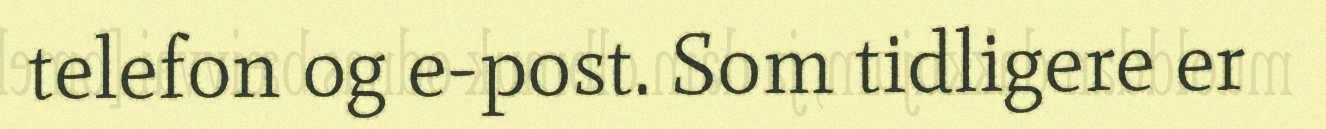
telefon og e-post. Som tidligere er